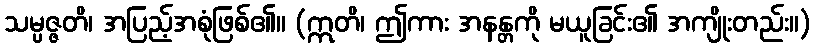
သမ္ပဇ္ဇတိ၊ အပြည့်အစုံဖြစ်၏။ (ဣတိ၊ ဤကား အနန္တကို မယူခြင်း၏ အကျိုးတည်း။)